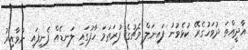
އާދީއްތަ ދުވަހުގެރޭ ކުޅެވުނު ފައިނަލް މެޗުގެ ފުރަތަމަ ހާފުގައި ލަނޑެއް ފެނިފައި ނުވާއިރު